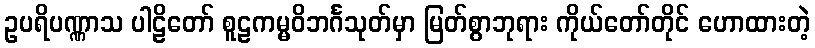
ဥပရိပဏ္ဏာသ ပါဠိတော် စူဠကမ္မဝိဘင်္ဂသုတ်မှာ မြတ်စွာဘုရား ကိုယ်တော်တိုင် ဟောထားတဲ့